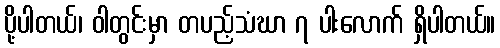
ပို့ပါတယ်၊ ဝါတွင်းမှာ တပည့်သံဃာ ၇ ပါးလောက် ရှိပါတယ်။